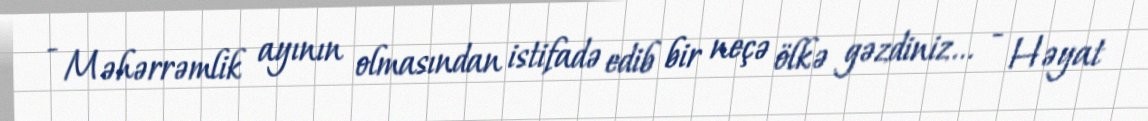
- Məhərrəmlik ayının olmasından istifadə edib bir neçə ölkə gəzdiniz... - Həyat